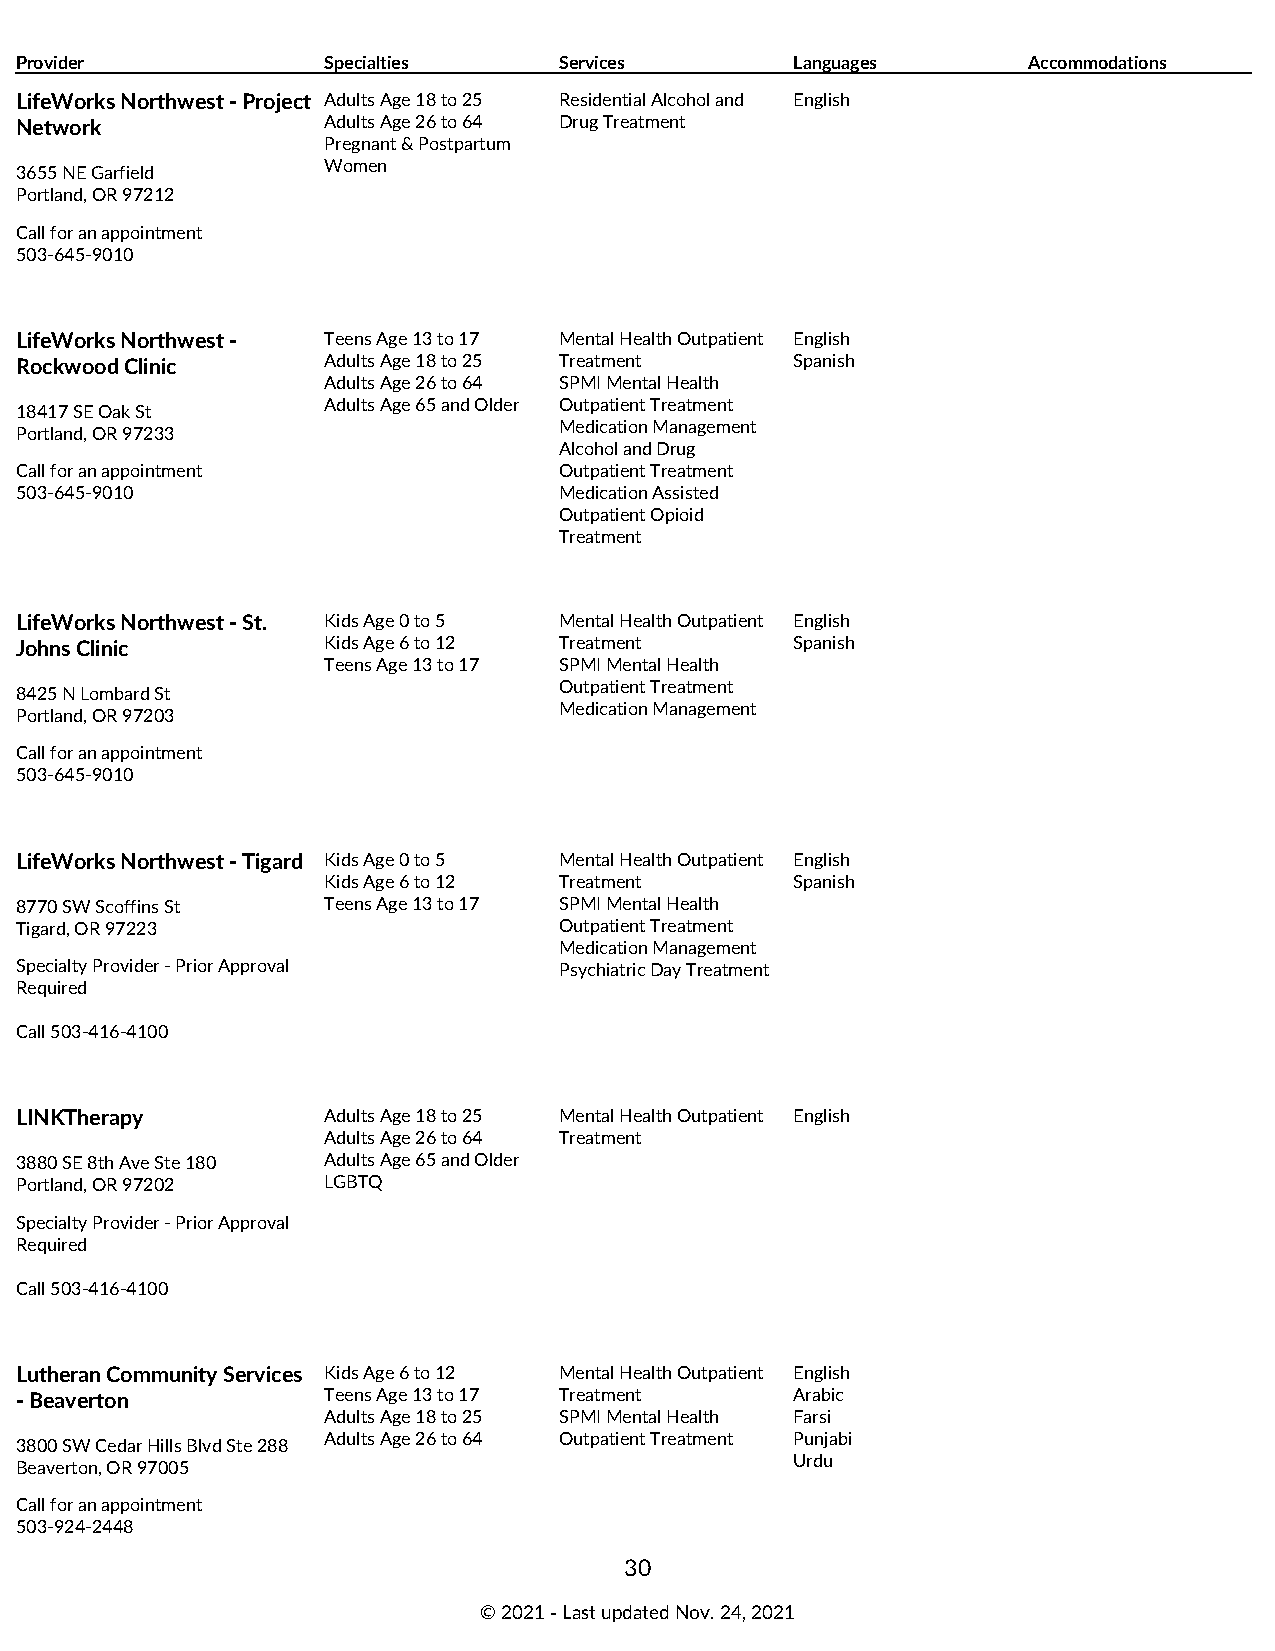
Provider            Specialties     Services        Languages      Accommodations
 LifeWorks Northwest - Project Adults Age 18 to 25 Residential Alcohol and English
 Network             Adults Age 26 to 64 Drug Treatment
 Pregnant & Postpartum
 Women
 3655 NE Garfield
 Portland, OR 97212
 Call for an appointment
 503-645-9010
 LifeWorks Northwest - Teens Age 13 to 17 Mental Health Outpatient English
 Rockwood Clinic     Adults Age 18 to 25 Treatment   Spanish
 Adults Age 26 to 64 SPMI Mental Health
 Adults Age 65 and Older Outpatient Treatment
 18417 SE Oak St
 Medication Management
 Portland, OR 97233
 Alcohol and Drug
 Call for an appointment             Outpatient Treatment
 503-645-9010                        Medication Assisted
 Outpatient Opioid
 Treatment
 LifeWorks Northwest - St. Kids Age 0 to 5 Mental Health Outpatient English
 Johns Clinic        Kids Age 6 to 12 Treatment      Spanish
 Teens Age 13 to 17 SPMI Mental Health
 Outpatient Treatment
 8425 N Lombard St
 Medication Management
 Portland, OR 97203
 Call for an appointment
 503-645-9010
 LifeWorks Northwest - Tigard Kids Age 0 to 5 Mental Health Outpatient English
 Kids Age 6 to 12 Treatment      Spanish
 8770 SW Scoffins St Teens Age 13 to 17 SPMI Mental Health
 Tigard, OR 97223                    Outpatient Treatment
 Medication Management
 Specialty Provider - Prior Approval Psychiatric Day Treatment
 Required
 Call 503-416-4100
 LINKTherapy         Adults Age 18 to 25 Mental Health Outpatient English
 Adults Age 26 to 64 Treatment
 3880 SE 8th Ave Ste 180 Adults Age 65 and Older
 Portland, OR 97202  LGBTQ
 Specialty Provider - Prior Approval
 Required
 Call 503-416-4100
 Lutheran Community Services Kids Age 6 to 12 Mental Health Outpatient English
 - Beaverton         Teens Age 13 to 17 Treatment    Arabic
 Adults Age 18 to 25 SPMI Mental Health Farsi
 Adults Age 26 to 64 Outpatient Treatment Punjabi
 3800 SW Cedar Hills Blvd Ste 288
 Urdu
 Beaverton, OR 97005
 Call for an appointment
 503-924-2448
 30
 © 2021 ‑ Last updated Nov. 24, 2021